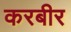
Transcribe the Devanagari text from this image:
करबीर